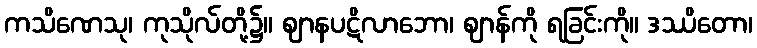
ကသိဏေသု၊ ကုသိုလ်တို့၌။ ဈာနပဋိလာဘော၊ ဈာန်ကို ရခြင်းကို။ ဒဿိတော၊